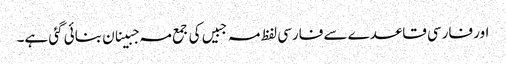
اور فارسی قاعدے سے فارسی لفظ مہ جبیں کی جمع مہ جبینان بنائی گئی ہے۔